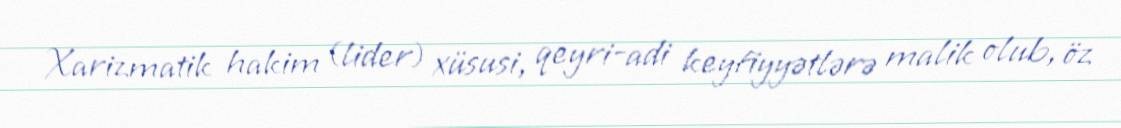
Xarizmatik hakim (lider) xüsusi, qeyri-adi keyfiyyətlərə malik olub, öz